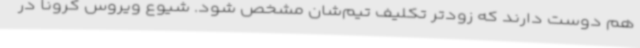
هم دوست دارند که زودتر تکلیف تیم‌شان مشخص شود. شیوع ویروس کرونا در